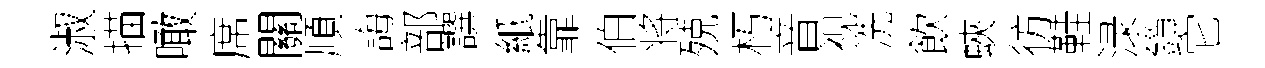
淑描噉席關順誨部譔紙靠伯将殑朽音视洗飲蛺彷鞋渌鎻它